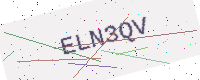
Text: ELN3QV